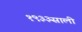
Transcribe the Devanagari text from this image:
१९३३साली